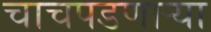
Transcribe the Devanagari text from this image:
चाचपडणाऱ्या